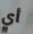
أي